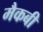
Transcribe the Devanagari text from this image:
मैकबी